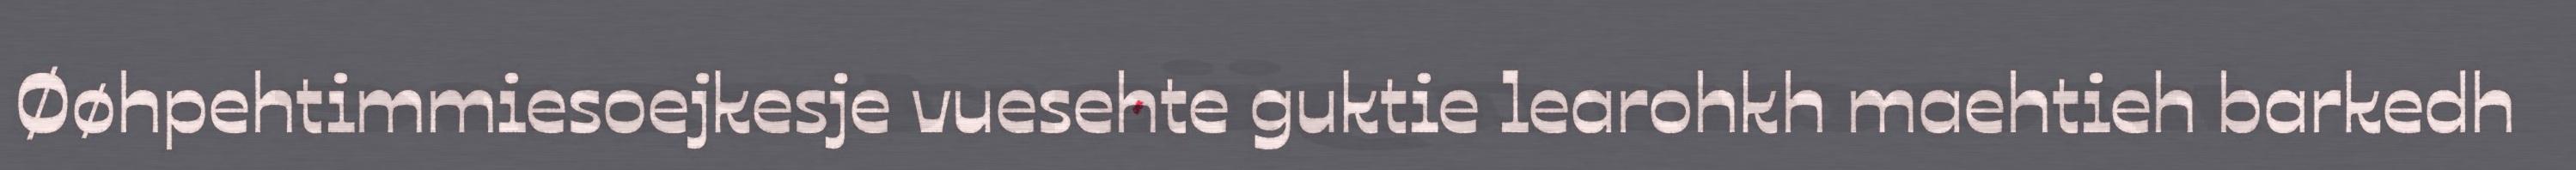
Øøhpehtimmiesoejkesje vuesehte guktie learohkh maehtieh barkedh